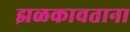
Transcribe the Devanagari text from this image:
झळकावताना